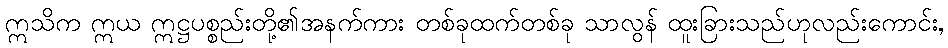
ဣသိက ဣယ ဣဋ္ဌပစ္စည်းတို့၏အနက်ကား တစ်ခုထက်တစ်ခု သာလွန် ထူးခြားသည်ဟုလည်းကောင်း,